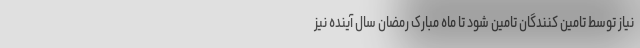
نیاز توسط تامین کنندگان تامین شود تا ماه مبارک رمضان سال آینده نیز